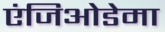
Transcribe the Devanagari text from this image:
एंजिओडेमा